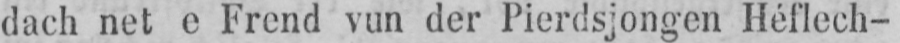
dach net e Frend vun der Pierdsjongen Héflech-